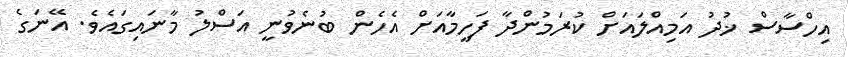
އިހްސާސް ޚުދު އަމިއްލައަށް ކުރަމުންދާ ފަހީމާއަށް އެހެން ބުނެވުނީ އަސްލު މާނައިގައެވެ. އޭނަގެ